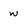
Character: w